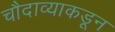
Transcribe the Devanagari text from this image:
चौदाव्याकडून